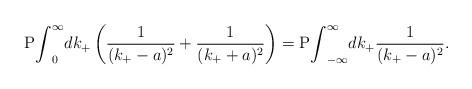
LaTeX: \begin{align*}{\rm P}{\int}^{\infty}_0dk_+ \left( \frac{1}{(k_+-a)^2}+\frac{1}{(k_++a)^2} \right)={\rm P}{\int}^{\infty}_{-\infty}dk_+\frac{1}{(k_+-a)^2}.\end{align*}